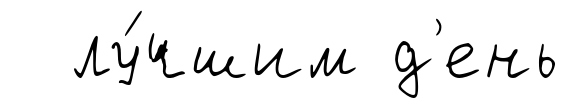
лу́чшим д'ень